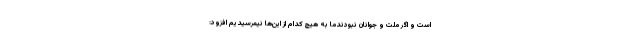
است و اگر ملت و جوانان نبودندما به هیچ کدام از این‌ها نیمرسیدیم افزود: